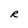
Character: R